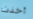
أخذت